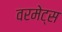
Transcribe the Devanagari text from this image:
वरमेट्स